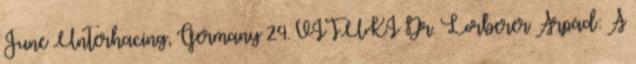
June Unterhacing, Germany 24. VITUKI Dr. Lorberer Árpád: A